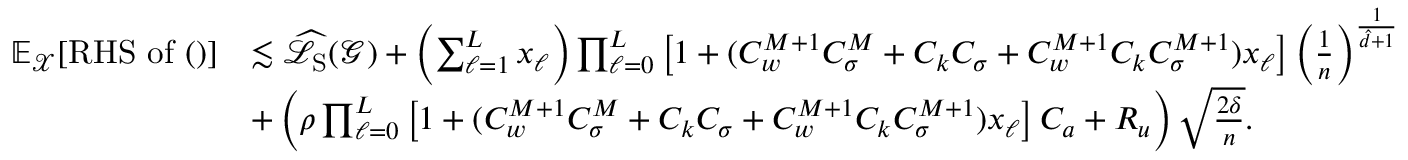
\begin{array} { r l } { \mathbb { E } _ { \boldsymbol { \mathcal { X } } } [ \mathrm { R H S ~ o f ~ ( ) } ] } & { \lesssim \widehat { \mathcal { L } } _ { \mathrm { S } } ( \boldsymbol { \mathcal { G } } ) + \left( \sum _ { \ell = 1 } ^ { L } x _ { \ell } \right) \prod _ { \ell = 0 } ^ { L } \left[ 1 + ( C _ { w } ^ { M + 1 } C _ { \sigma } ^ { M } + C _ { k } C _ { \sigma } + C _ { w } ^ { M + 1 } C _ { k } C _ { \sigma } ^ { M + 1 } ) x _ { \ell } \right] \left( \frac { 1 } { n } \right) ^ { \frac { 1 } { \hat { d } + 1 } } } \\ & { + \left( \rho \prod _ { \ell = 0 } ^ { L } \left[ 1 + ( C _ { w } ^ { M + 1 } C _ { \sigma } ^ { M } + C _ { k } C _ { \sigma } + C _ { w } ^ { M + 1 } C _ { k } C _ { \sigma } ^ { M + 1 } ) x _ { \ell } \right] C _ { a } + R _ { u } \right) \sqrt { \frac { 2 \delta } { n } } . } \end{array}